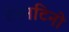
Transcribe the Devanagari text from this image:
टैरनटिनो